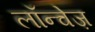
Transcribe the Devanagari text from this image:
लॉन्चेज़